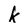
Character: k